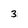
Character: 3